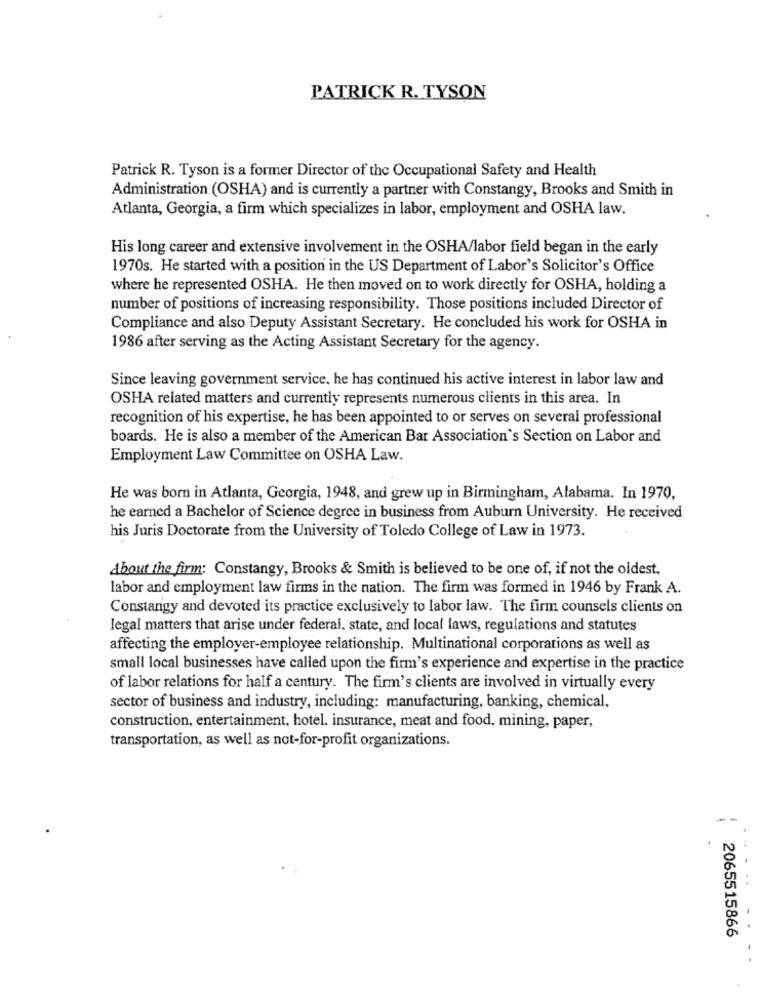
PATRICK R. TYSON
Patrick R. Tyson is a former Director of the Occupational Safety and Health
Administration (OSHA) and is currently a partner with Constangy, Brooks and Smith in
Atlanta, Georgia, a firm which specializes in labor, employment and OSHA law.
His long career and extensive involvement in the OSHA/labor field began in the early
1970s. He started with a position in the US Department of Labor's Solicitor's Office
where he represented OSHA. He then moved on to work directly for OSHA, holding a
number of positions of increasing responsibility. Those positions included Director of
Compliance and also Deputy Assistant Secretary. He concluded his work for OSHA in
1986 after serving as the Acting Assistant Secretary for the agency.
Since leaving government service. he has continued his active interest in labor law and
OSHA related matters and currently represents numerous clients in this area. In
recognition of his expertise, he has been appointed to or serves on several professional
boards. He is also a member of the American Bar Association's Section on Labor and
Employment Law Committee on OSHA Law.
He was born in Atlanta, Georgia, 1948, and grew up in Birmingham, Alabama. In 1970,
he earned a Bachelor of Science degree in business from Auburn University. He received
his Juris Doctorate from the University of Toledo College of Law in 1973.
About the firm: Constangy, Brooks & Smith is believed to be one of, if not the oldest,
labor and employment law firms in the nation. The firm was formed in 1946 by Frank A.
Constangy and devoted its practice exclusively to labor law. The firm counsels clients on
legal matters that arise under federal, state, and local laws, regulations and statutes
affecting the employer-employee relationship. Multinational corporations as well as
small local businesses have called upon the firm's experience and expertise in the practice
of labor relations for half a century. The firm's clients are involved in virtually every
sector of business and industry, including: manufacturing, banking, chemical,
construction, entertainment, hotel. insurance, meat and food, mining, paper,
transportation, as well as not-for-profit organizations.
2065515866